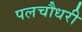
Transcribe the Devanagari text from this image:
पलचौधरी